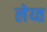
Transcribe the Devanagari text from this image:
लेय्त